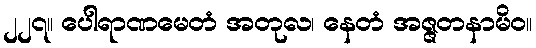
၂၂၇။ ပေါရာဏမေတံ အတုလ၊ နေတံ အဇ္ဇတနာမိဝ။